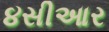
૪સીઆર